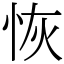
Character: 恢